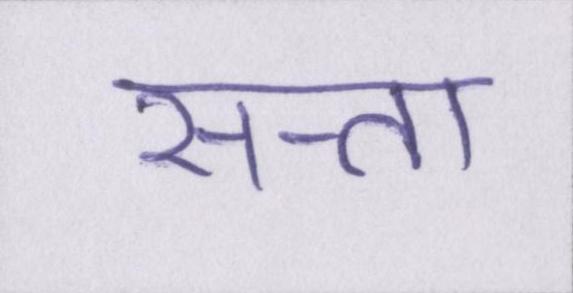
सत्ता